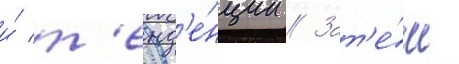
и́ т'енд'е́нции // Зат'е́м